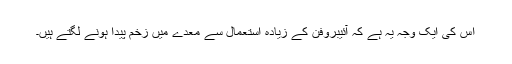
اس کی ایک وجہ یہ ہے کہ آئیبروفن کے زیادہ استعمال سے معدے میں زخم پیدا ہونے لگتے ہیں۔